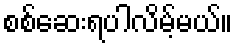
စစ်ဆေးရပါလိမ့်မယ်။